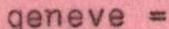
geneve=